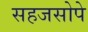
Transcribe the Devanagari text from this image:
सहजसोपे